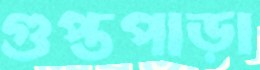
গুপ্তপাড়া